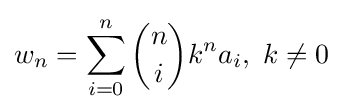
w_{n}=\sum _{i=0}^{n}{\binom {n}{i}}k^{n}a_{i},\ k\neq 0